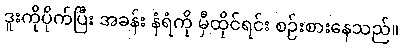
ဒူးကိုပိုက်ပြီး အခန်း နံရံကို မှီထိုင်ရင်း စဉ်းစားနေသည်။